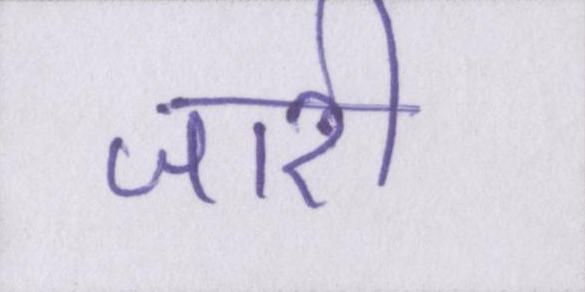
जारी